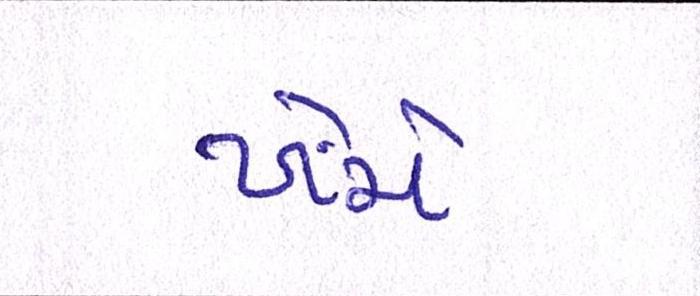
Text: ખેંચે